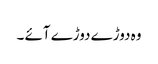
وہ دوڑے دوڑے آئے ۔